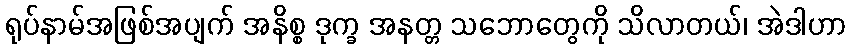
ရုပ်နာမ်အဖြစ်အပျက် အနိစ္စ ဒုက္ခ အနတ္တ သဘောတွေကို သိလာတယ်၊ အဲဒါဟာ